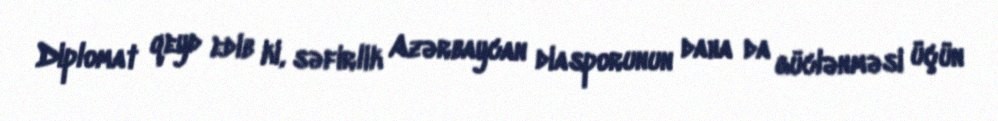
Diplomat qeyd edib ki, səfirlik Azərbaycan diasporunun daha da güclənməsi üçün